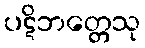
ပဋိဘတ္တေသု